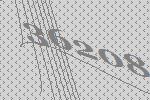
36208